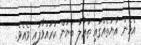
އެހެން އާޔަތެއްގައި ތަޢާލާ ބަޔާން ކުރައްވާފައި ވެއެވެ.